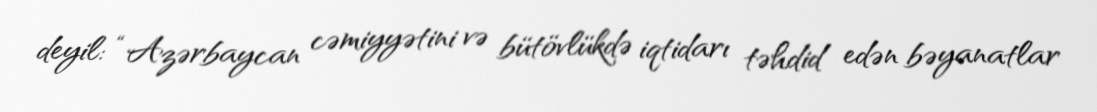
deyil: “Azərbaycan cəmiyyətini və bütövlükdə iqtidarı təhdid edən bəyanatlar